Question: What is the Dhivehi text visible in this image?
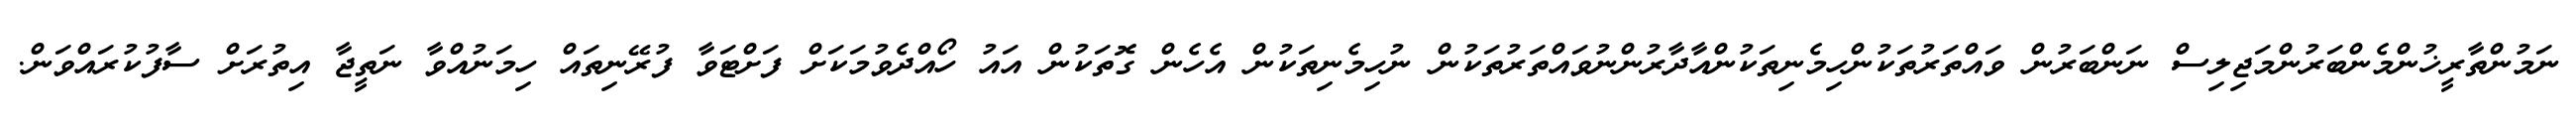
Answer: ނަމުންތާރީޚުންމެންބަރުންމަޖިލިސް ނަންބަރުން ވައްތަރުތަކުންހިމެނިތަކުންއާދާރުންނުވައްތަރުތަކުން ނުހިމެނިތަކުން އެހެން ގޮތަކުން އައު ހޯއްދެވުމަކަށް ފަށްޓަވާ ފުރޭނިތައް ހިމަނުއްވާ ނަތީޖާ އިތުރަށް ސާފުކުރައްވަން.